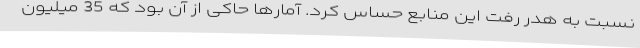
نسبت به هدر رفت این منابع حساس کرد. آمارها حاکی از آن بود که 35 میلیون